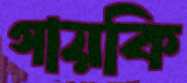
গায়কি